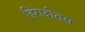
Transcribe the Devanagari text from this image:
हिरादोतस